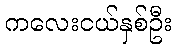
ကလေးငယ်နှစ်ဦး